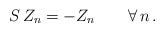
LaTeX: \begin{align*}S \, Z_n = - Z_n \qquad \forall \, n \, . \end{align*}